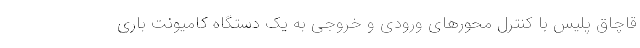
قاچاق پلیس با کنترل محورهای ورودی و خروجی به یک دستگاه کامیونت باری